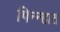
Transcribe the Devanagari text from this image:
पिन्न्हात